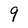
Character: 9